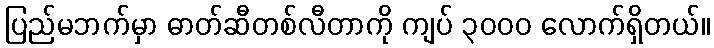
ပြည်မဘက်မှာ ဓာတ်ဆီတစ်လီတာကို ကျပ် ၃၀၀၀ လောက်ရှိတယ်။